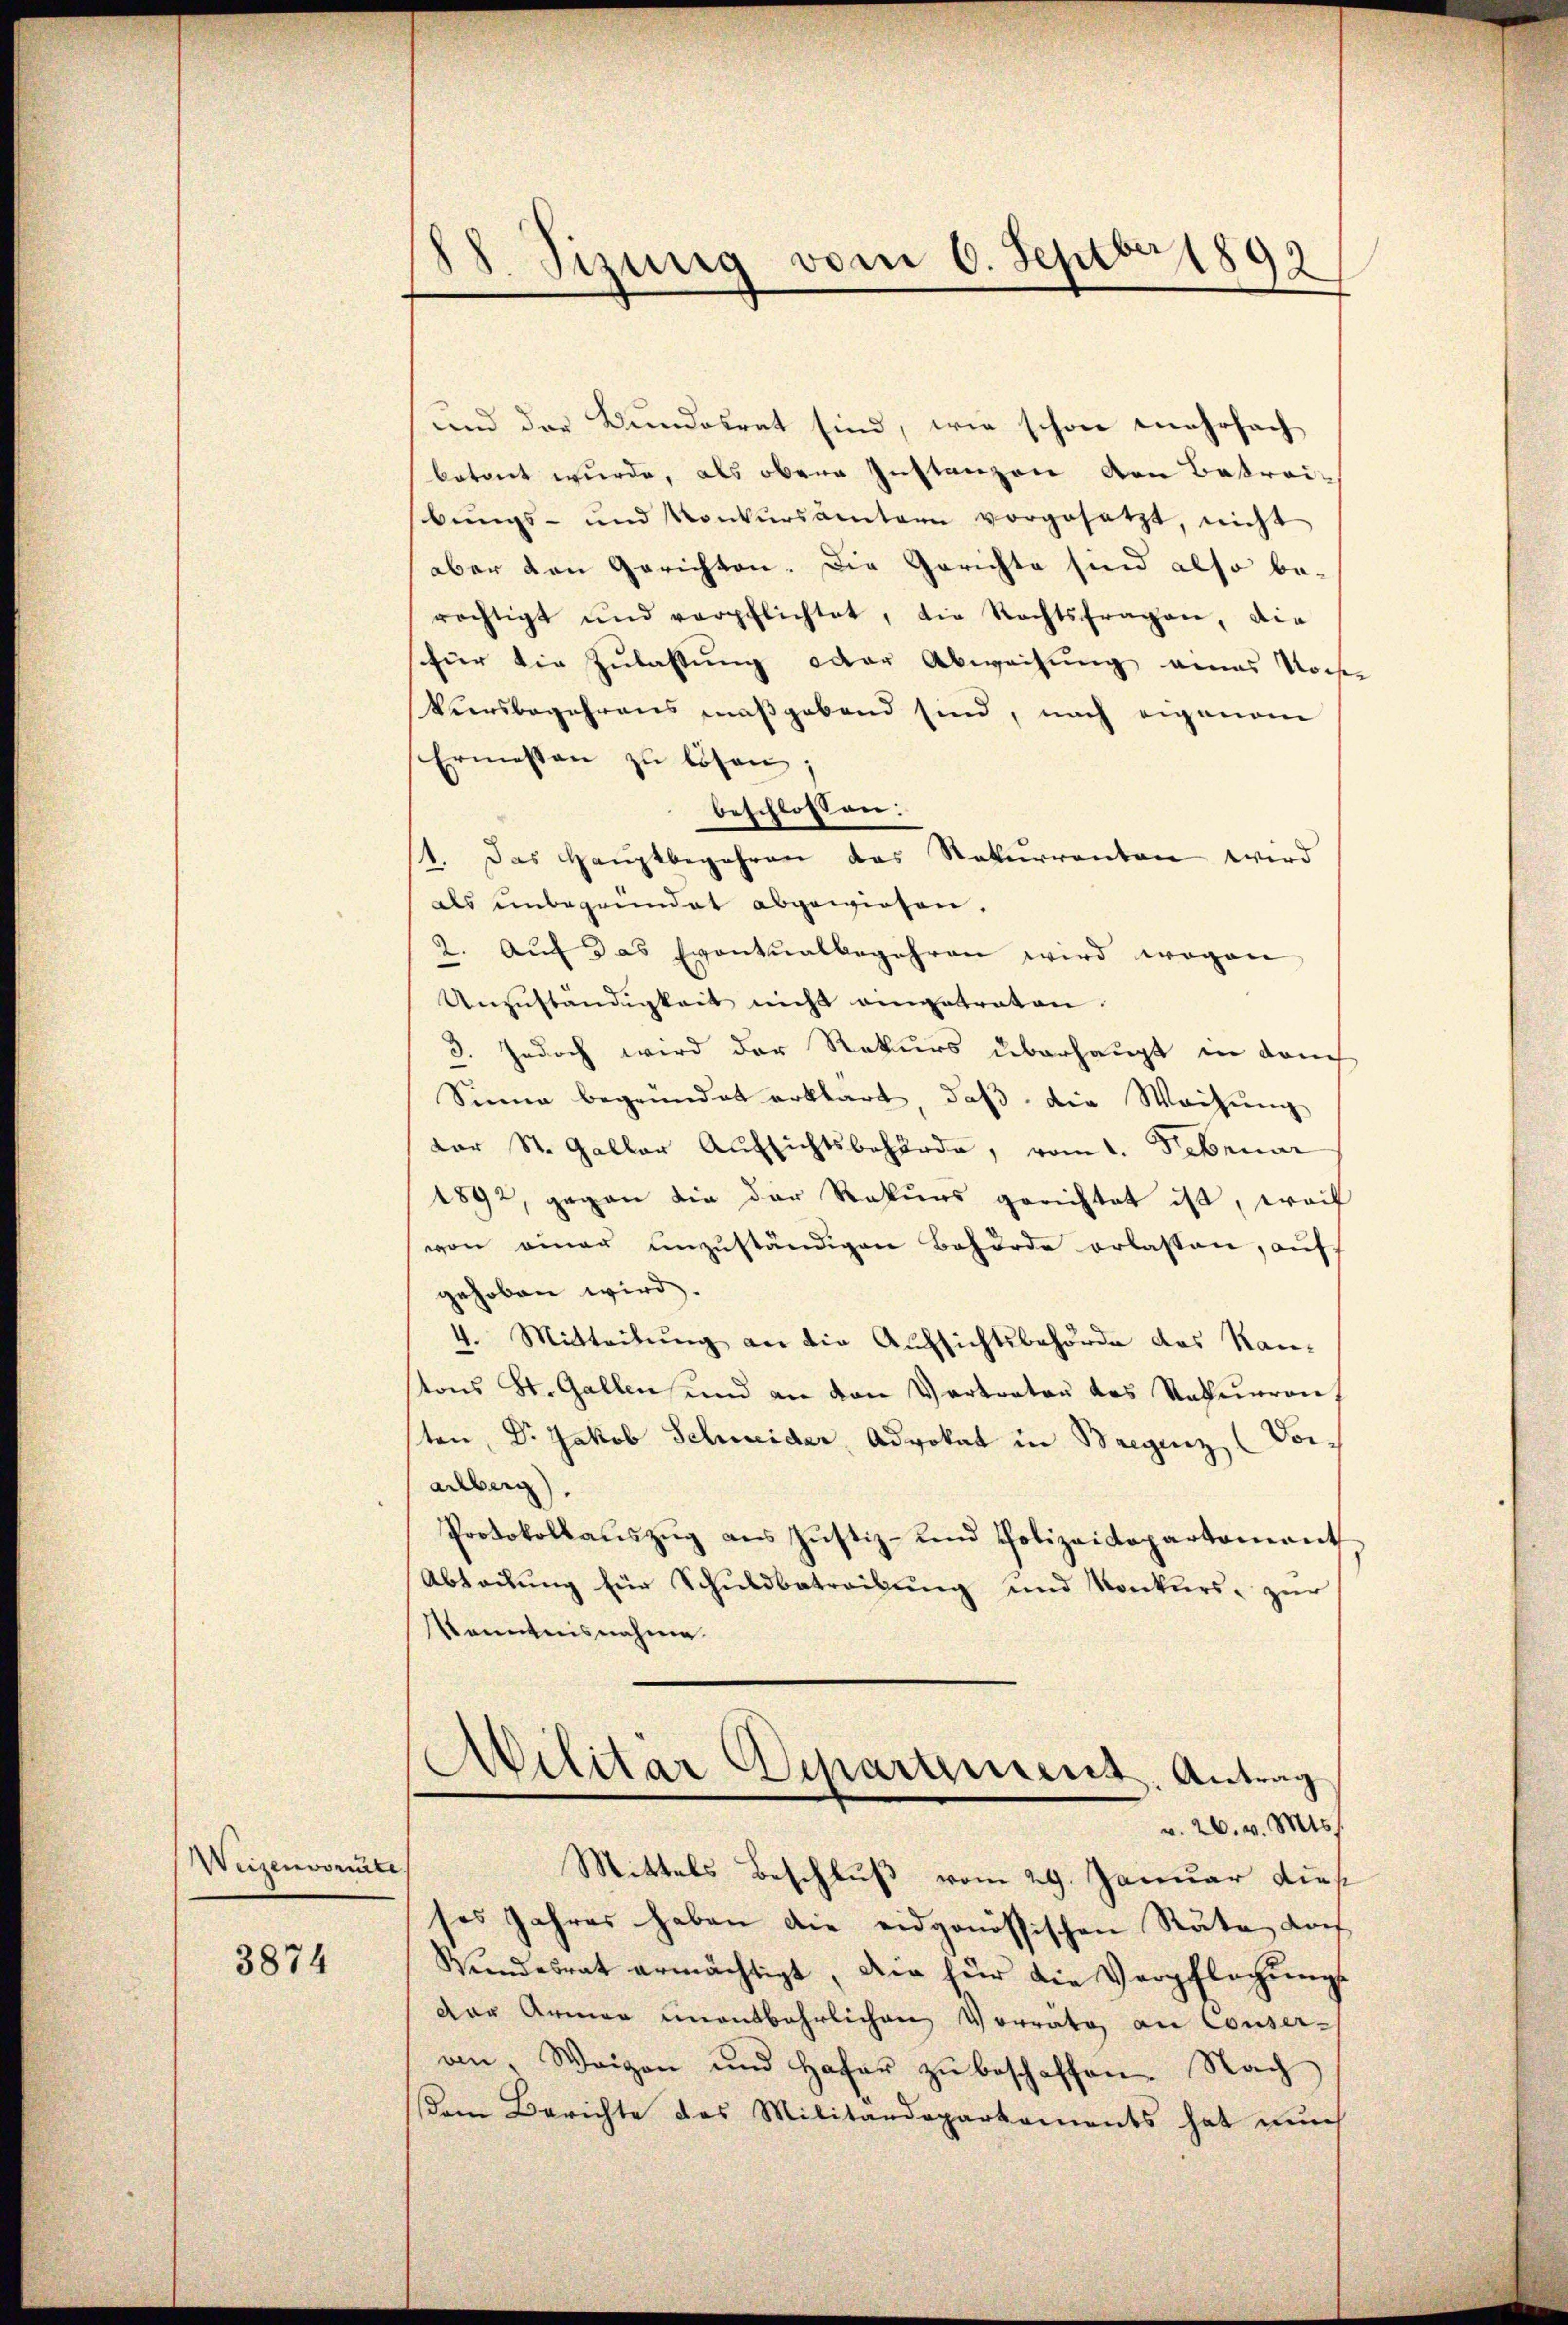
Weizendonate

3874

18. Sizung vom 6. Septbr 1893

und der Bundesrat sind, wie schon mehrfach
betont wurde, als obene Instanzen von Betreibŭngs- und Konkŭrsämtern vorgesetzt, nicht
aber den Gerichten. Die Gerichte sind also berächtigt und verpflichtet, die Rechtsfragen, die
für die Zulassung oder Abweisung eines Noche
Vursbegehrens maßgebend sind, nach eigenem
Ermessen zu lösen;
beschlossen:
11. Das Haŭptbegehren das Rekurrenten wird
als unbegründet abgewiesen,
2. Aŭf das Eventualbegehren wird wegen
Unzuständigkeit nicht eingetraten.
3. Jedoch wird der Rekurs überhaupt in dam
Sinne begründet erklärt, daβ die Wachŭng
dar St. Galler Aufsichtsbehörde, vom 1. Februar
1892, gegen die der Rekurs gerichtet ist, weil
von einer ŭmzŭständigen Behörde erlassen, aŭf
gehoben wird.
4. Mitteilung an die Aufsichtsbehörde das Kantons St. Gallen und an den Vertrator des Statuaran,
ten, Dr. Jakob Schwider, Advokat in Bregenz, (Vorarlberg),
Protokollaŭszŭg aŭs Jŭstiz- und Polizeidepartement
Abteilung für Schuldbetreibung und Konkurs- zur
Kenntnisnahme.
Militär Deparamens, Antrag
v. 26. v. Mts.
Mittels Beschluß vom 29. Januar dies
ses Jahres haben die eidgenössischen Räte doch
Bŭndesrat ermächtigt, die für die Verpflachŭngs-
der Armen unentbehrlichen Vorrata an Conseran. Weigen und Hafer zŭ beschaffen. Nach
Dem Berichte das Militärdepartements hat nun